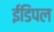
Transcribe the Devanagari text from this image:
ईडिपल